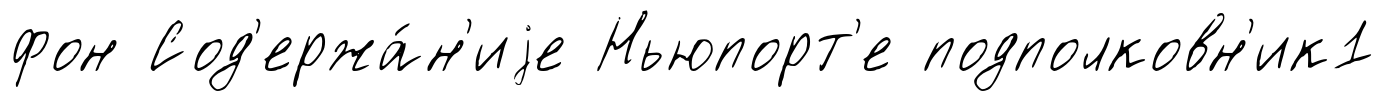
фон Сод'ержа́н'иjе Ньюпорт'е подполковн'ик1